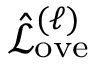
\hat { \mathcal { L } } _ { \mathrm { o v e } } ^ { ( \ell ) }